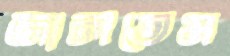
জালতেম